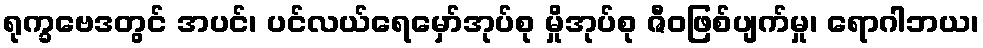
ရုက္ခဗေဒတွင် အပင်၊ ပင်လယ်ရေမှော်အုပ်စု မှိုအုပ်စု ဇီဝဖြစ်ပျက်မှု၊ ရောဂါဘယ၊